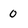
Character: 0